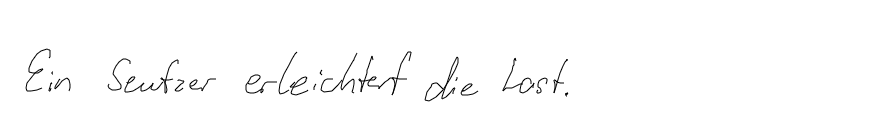
Ein Seufzer erleichtert die Last.